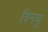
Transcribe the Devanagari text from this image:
यिनशु